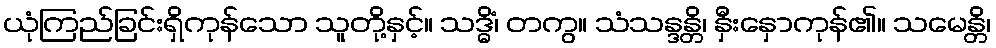
ယုံကြည်ခြင်းရှိကုန်သော သူတို့နှင့်။ သဒ္ဓိံ၊ တကွ။ သံသန္ဒန္တိ၊ နှီးနှောကုန်၏။ သမေန္တိ၊